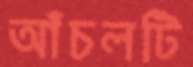
আঁচলটি